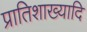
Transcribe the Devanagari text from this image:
प्रातिशाख्यादि